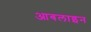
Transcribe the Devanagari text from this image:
आबलाइन